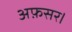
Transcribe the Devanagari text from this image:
अफ़सर।